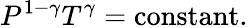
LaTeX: P^{1-\gamma}T^{\gamma}=\operatorname{constant}.